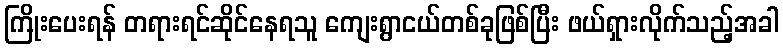
ကြိုးပေးရန် တရားရင်ဆိုင်နေရသူ ကျေးရွာငယ်တစ်ခုဖြစ်ပြီး ဖယ်ရှားလိုက်သည့်အခါ